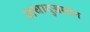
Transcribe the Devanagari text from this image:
अचादुज्जमान